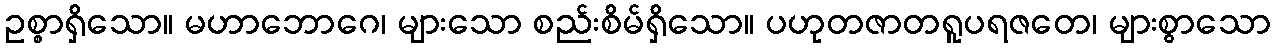
ဥစ္စာရှိသော။ မဟာဘောဂေ၊ များသော စည်းစိမ်ရှိသော။ ပဟုတဇာတရူပရဇတေ၊ များစွာသော